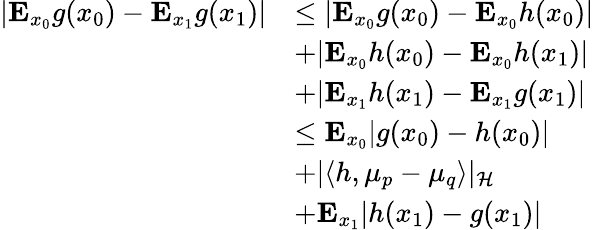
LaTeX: \begin{array}{rl}{|\mathbf{E}_{x_{0}}g(x_{0})-\mathbf{E}_{x_{1}}g(x_{1})|}&{\leq|\mathbf{E}_{x_{0}}g(x_{0})-\mathbf{E}_{x_{0}}h(x_{0})|}\\ &{+|\mathbf{E}_{x_{0}}h(x_{0})-\mathbf{E}_{x_{0}}h(x_{1})|}\\ &{+|\mathbf{E}_{x_{1}}h(x_{1})-\mathbf{E}_{x_{1}}g(x_{1})|}\\ &{\leq\mathbf{E}_{x_{0}}|g(x_{0})-h(x_{0})|}\\ &{+|\langle h,\mu_{p}-\mu_{q}\rangle|_{\mathcal{H}}}\\ &{+\mathbf{E}_{x_{1}}|h(x_{1})-g(x_{1})|}\end{array}